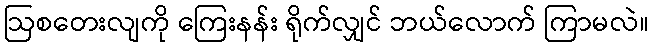
ဩစတေးလျကို ကြေးနန်း ရိုက်လျှင် ဘယ်လောက် ကြာမလဲ။